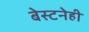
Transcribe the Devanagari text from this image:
बेस्टनेही